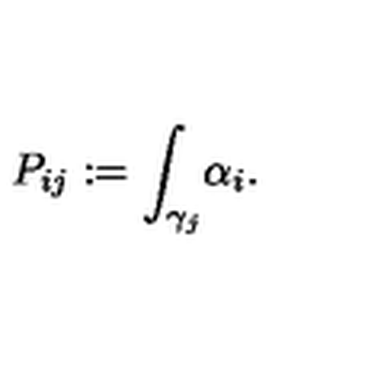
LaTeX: { P _ { i j } } : = { \int _ { \gamma _ { j } } } { \alpha _ { i } } .